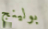
بولينج